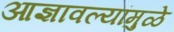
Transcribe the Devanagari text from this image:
आज्ञावल्यांमुळे